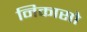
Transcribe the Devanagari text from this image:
निकासो